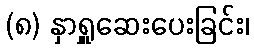
(၈) နှာရှူဆေးပေးခြင်း၊